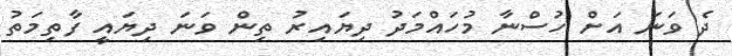
ދެ ވަނަ އަށް ހުސްނާ މުހައްމަދު ދިޔައިރު ތިން ވަނަ ދިޔައީ ފާތިމަތު